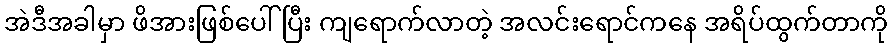
အဲဒီအခါမှာ ဖိအားဖြစ်ပေါ်ပြီး ကျရောက်လာတဲ့ အလင်းရောင်ကနေ အရိပ်ထွက်တာကို